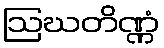
ဩဃတိဏ္ဏံ